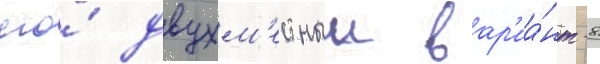
его́ двухм'естныи вар'иа́нт -8